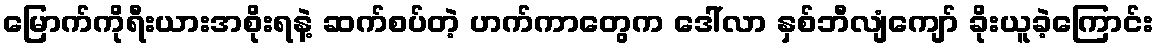
မြောက်ကိုရီးယားအစိုးရနဲ့ ဆက်စပ်တဲ့ ဟက်ကာတွေက ဒေါ်လာ နှစ်ဘီလျံကျော် ခိုးယူခဲ့ကြောင်း